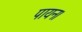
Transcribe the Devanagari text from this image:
पायन।